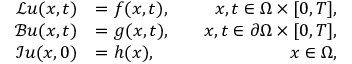
\begin{array} { r l r } { \mathcal { L } \boldsymbol { u } ( \boldsymbol { x } , t ) } & { = \boldsymbol { f } ( \boldsymbol { x } , t ) , } & { \quad \boldsymbol { x } , t \in \Omega \times [ 0 , T ] , } \\ { \mathcal { B } \boldsymbol { u } ( \boldsymbol { x } , t ) } & { = \boldsymbol { g } ( \boldsymbol { x } , t ) , } & { \quad \boldsymbol { x } , t \in \partial \Omega \times [ 0 , T ] , } \\ { \mathcal { I } \boldsymbol { u } ( \boldsymbol { x } , 0 ) } & { = \boldsymbol { h } ( \boldsymbol { x } ) , } & { \quad \boldsymbol { x } \in \Omega , } \end{array}